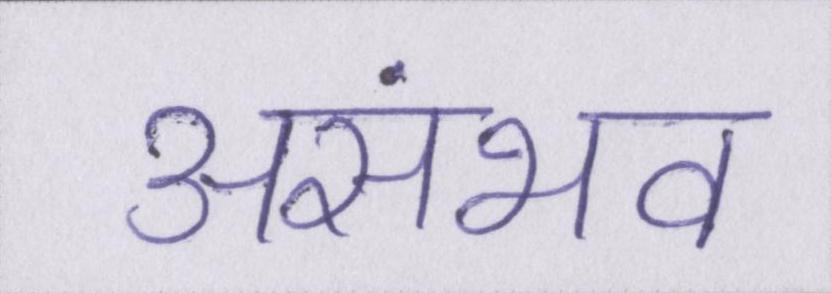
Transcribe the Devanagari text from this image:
असंभव